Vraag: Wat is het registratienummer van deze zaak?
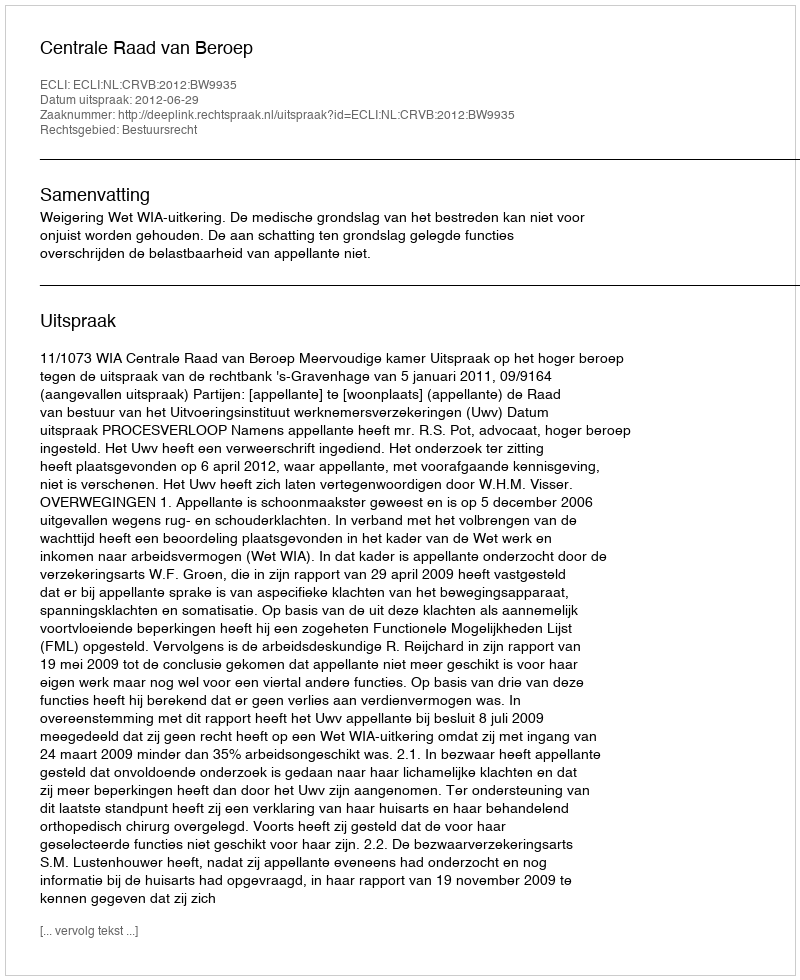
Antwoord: http://deeplink.rechtspraak.nl/uitspraak?id=ECLI:NL:CRVB:2012:BW9935